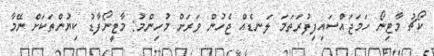
ކޯޗު މާޓިނޯ ހަމަޖައްސައިފިފުރަތަމަ ލަނޑެއް ޖެހުން ވަރަށް މުހިންމު: މާޓީނޯފާޑު ކިޔުންތަކަށް ނޭމާ